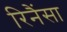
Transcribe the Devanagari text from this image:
रिनैंसा